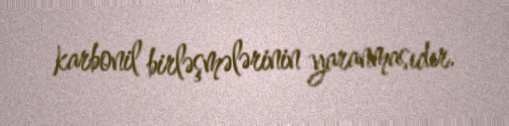
karbonil birləşmələrinin yaranmasıdır.